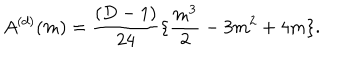
A ^ { ( d ) } ( m ) = \frac { ( D - 1 ) } { 2 4 } \{ \frac { m ^ { 3 } } { 2 } - 3 m ^ { 2 } + 4 m \} .